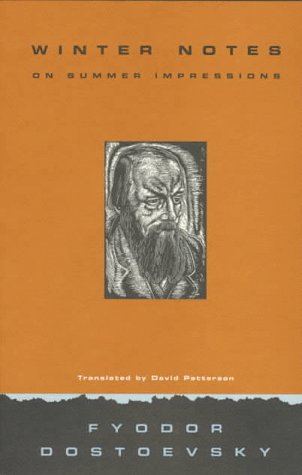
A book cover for Winter Notes on Summer Impressions; Fyodor Dostoevsky; Travel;